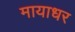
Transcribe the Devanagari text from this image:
मायाधर